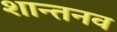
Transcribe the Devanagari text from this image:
शान्तनव